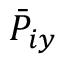
\bar { P } _ { i y }